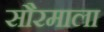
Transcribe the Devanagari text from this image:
सौरमाला